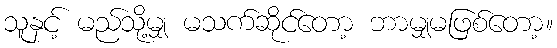
သူနှင့် မည်သို့မျှ မသက်ဆိုင်တော့ ဘာမျှမဖြစ်တော့။